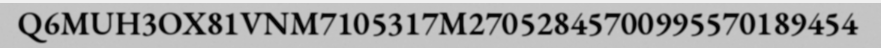
Q6MUH3OX81VNM7105317M27052845700995570189454